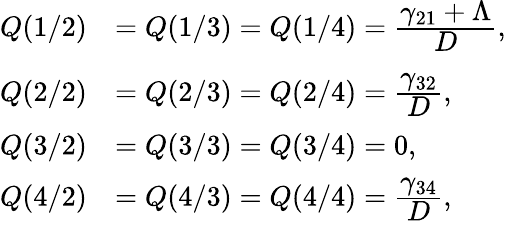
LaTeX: \begin{array}{rl}{Q(1/2)}&{=Q(1/3)=Q(1/4)=\cfrac{\gamma_{21}+\Lambda}{D},}\\ {Q(2/2)}&{=Q(2/3)=Q(2/4)=\cfrac{\gamma_{32}}{D},}\\ {Q(3/2)}&{=Q(3/3)=Q(3/4)=0,}\\ {Q(4/2)}&{=Q(4/3)=Q(4/4)=\cfrac{\gamma_{34}}{D},}\end{array}